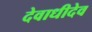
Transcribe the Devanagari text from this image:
देवाधीदेव